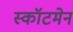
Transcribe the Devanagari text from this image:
स्कॉटमेन